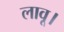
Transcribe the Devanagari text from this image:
लावू।